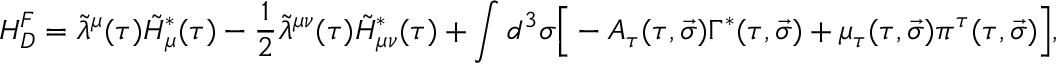
H _ { D } ^ { F } = \tilde { \lambda } ^ { \mu } ( \tau ) \tilde { H } _ { \mu } ^ { * } ( \tau ) - \frac 1 2 \tilde { \lambda } ^ { \mu \nu } ( \tau ) \tilde { H } _ { \mu \nu } ^ { * } ( \tau ) + \int { d ^ { 3 } \sigma \Big [ - A _ { \tau } ( \tau , \vec { \sigma } ) \Gamma ^ { * } ( \tau , \vec { \sigma } ) + \mu _ { \tau } ( \tau , \vec { \sigma } ) \pi ^ { \tau } ( \tau , \vec { \sigma } ) \Big ] } ,